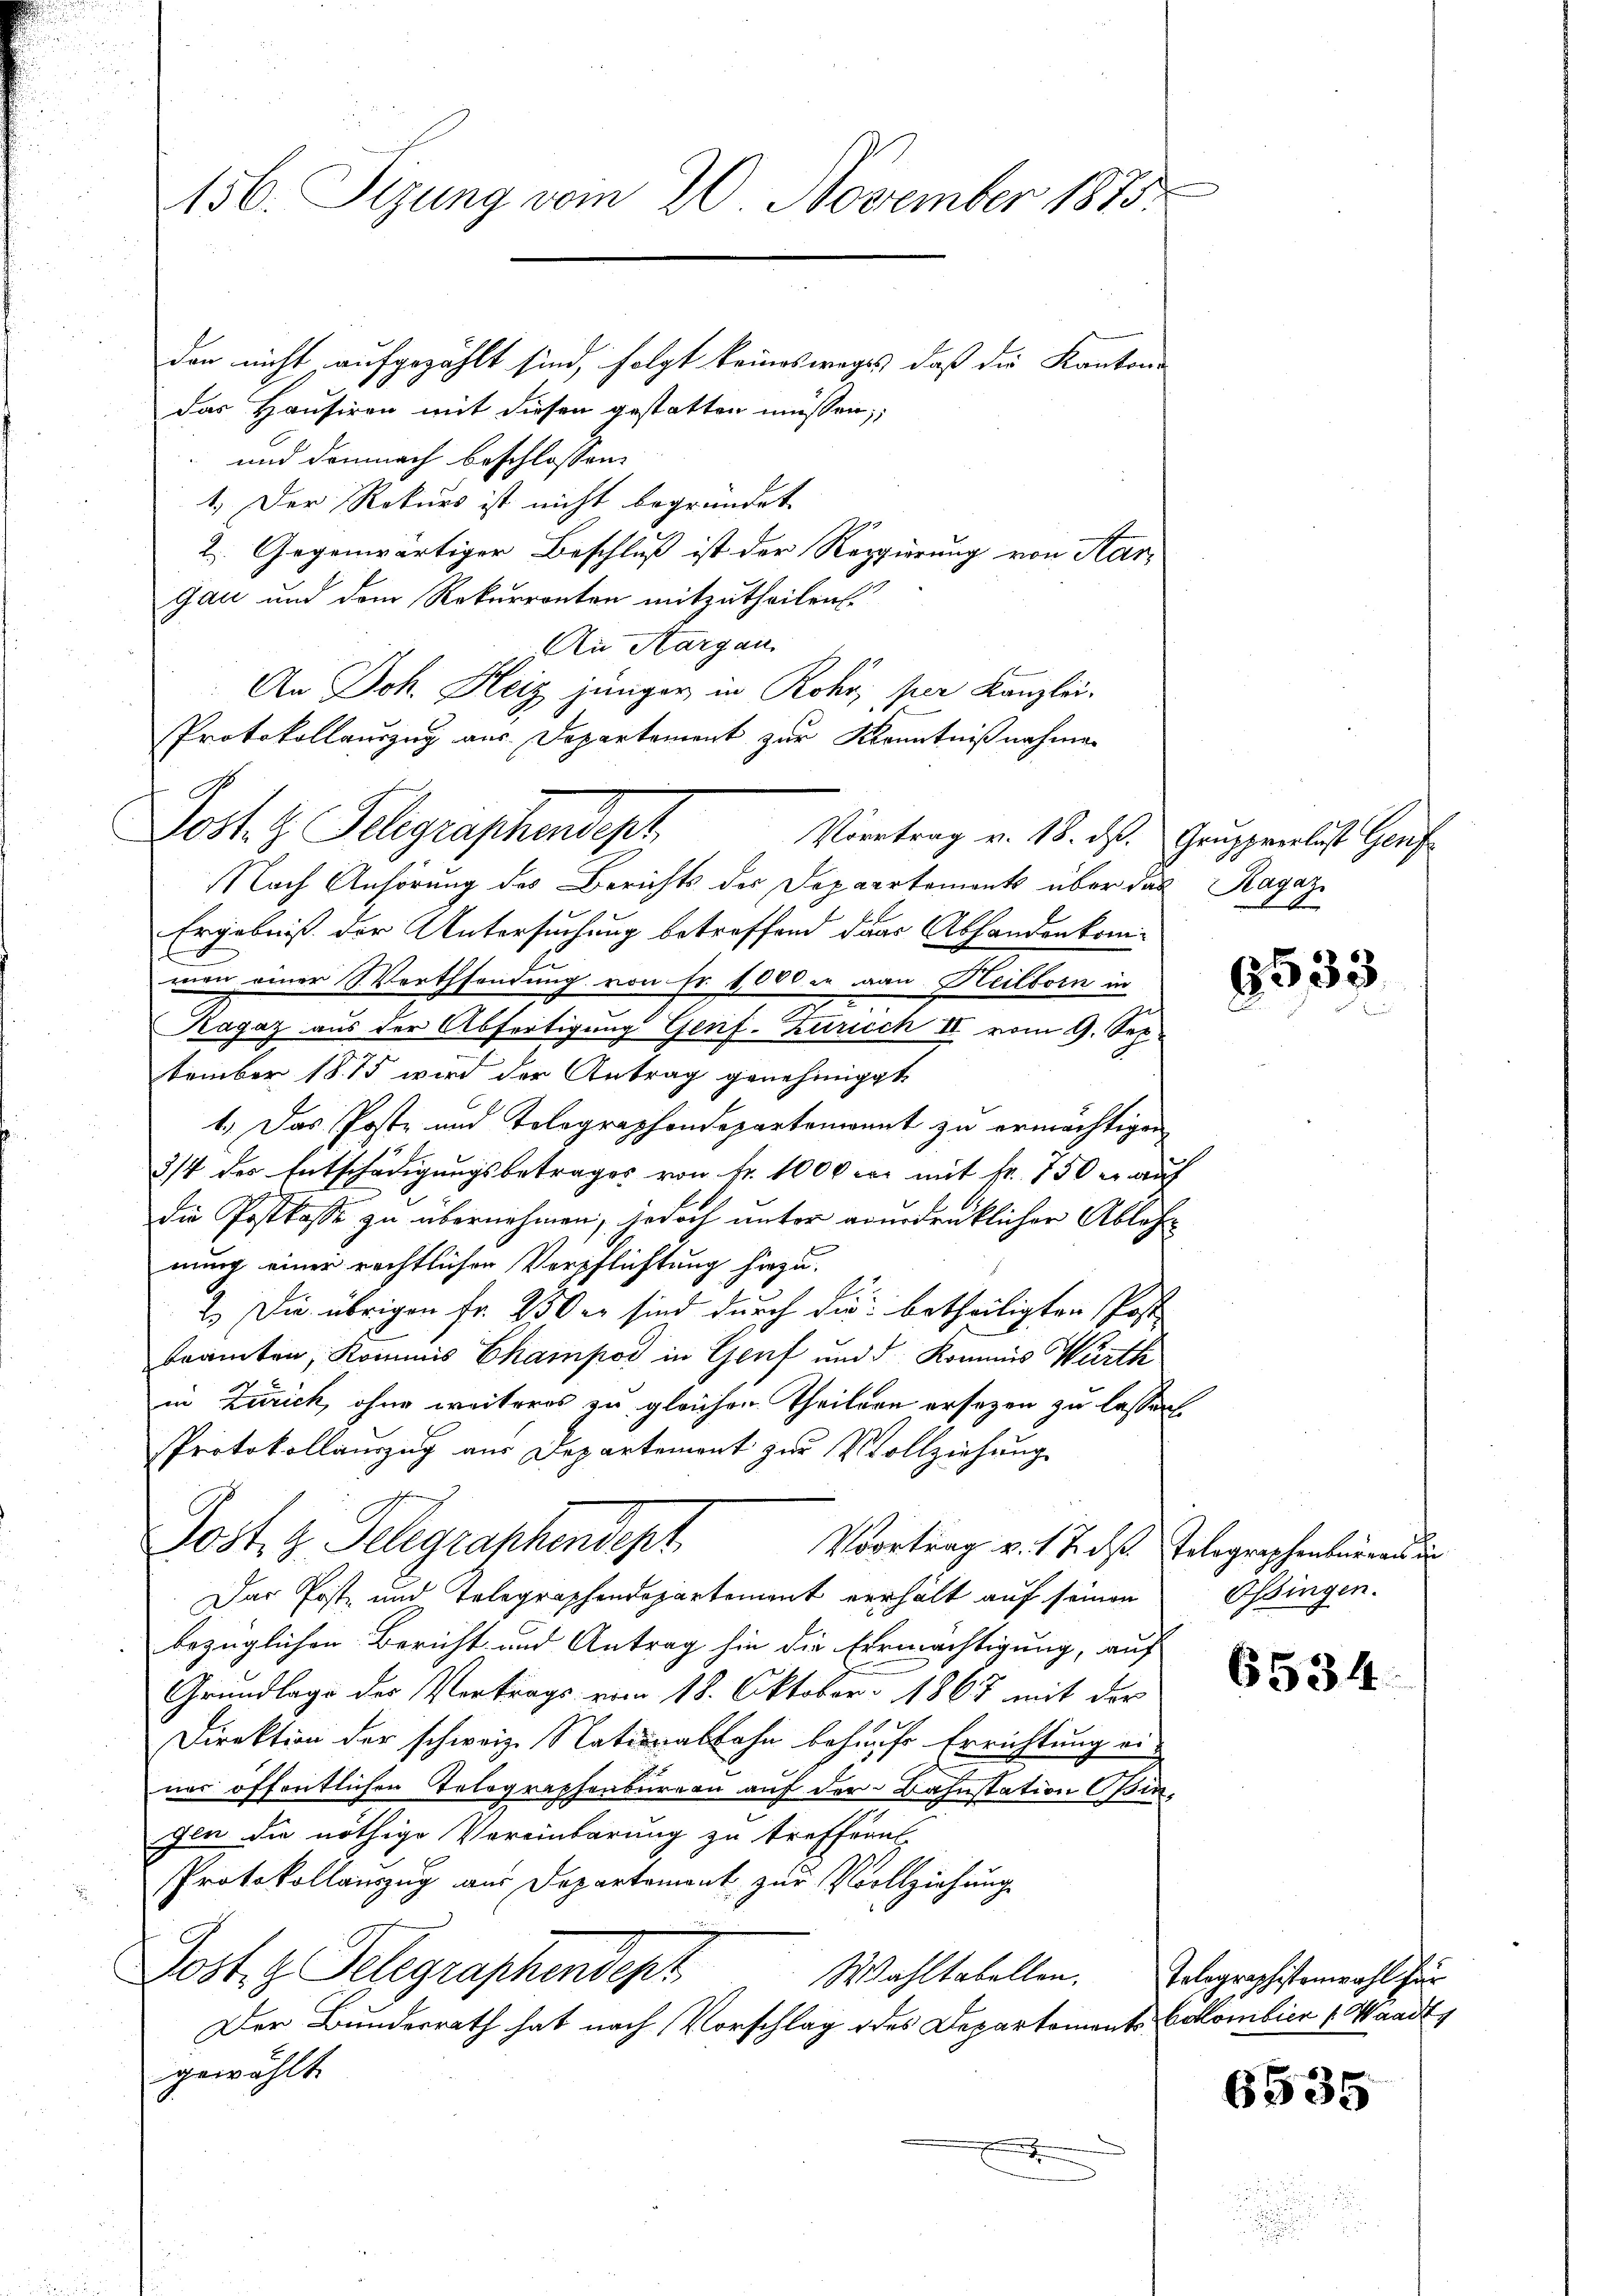
156. Sizung vom 20. November 1875.

den nicht aufgezählt sind, folgt keinesweges, daß die Kanton
das Hausiren mit diesen gestatten müssen,
und demnach beschlossen:
1.) Der Rekurs ist nicht begründet.
2. Gegenwärtiger Beschluß ist der Regierung von Aar-
Gau und dem Rekurrenten mitzutheilen.
An Hargau
An Joh. Heiz jünger in Rohr, per Kanzlei.
Protokollauszug aus Departement zur Kenntnißnahmen
Vortrag v. 18. ds. Grupprerlust Genf
Nach Anhörung des Berichts des Departements über das Ragaz
Ergebniß der Untersuchung betreffend dass Abhandenkommen einer Worthsendung von Fr. 1000 in an Heilborn in
Kagaz aus der Abfertigung Genf. Zürich II vom 9. September 1815 wird der Antrag genehmigt
1.) Das Poste und Tolographendepartenannt zu ermächtigen
3/4 des Entschädigungsbetrages von Fr. 1000 war mit Fr. 750 er auf
die Postkasse zu übernehmen, jedoch unter aberdrücklicher Ableh
nung einer rechtlichen Verpflichtung hiezu.
2.) Die übrigen Fr. 450 er sind durch die betheiligten Post
beamten, Kommis Champod in Genf und d. Kommis Würth
in Zürich, ohne weiteres zu gleichen Theilern ersezen zu lassen.
Protokollauszug aus Departement zur Vollziehung
Post z. Telegraphendept
Voortrag v. 17. ds. Telegraphenbureaus de
Das Post- und Telegraphendepartement verhält auf seinen Ossingen.
bezüglichen Bericht und Antrag hin die Ermächtigung, auf
Grundlage der Vertrags vom 18. Oktober 1867 mit der
Direktion der schweiz. Nationalbahn behaufe Errichtung ei-
ner öffentlichen Telegraphenbureau auf der Bahnstation Opingen die nöthige Vereinbarung zu treffent
Protokollauszug aus Departement zur Vollziehung
Dost. g. Telegraphendept
Wahltabellen.
Der Bundesrath hat nach Vorschlag des Departements-Collombier (Waadt
gewählt

Lost. G. Telegraphendept

6533

Tolographistenwahl für

6535